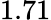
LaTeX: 1.71